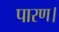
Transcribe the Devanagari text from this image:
पारण।